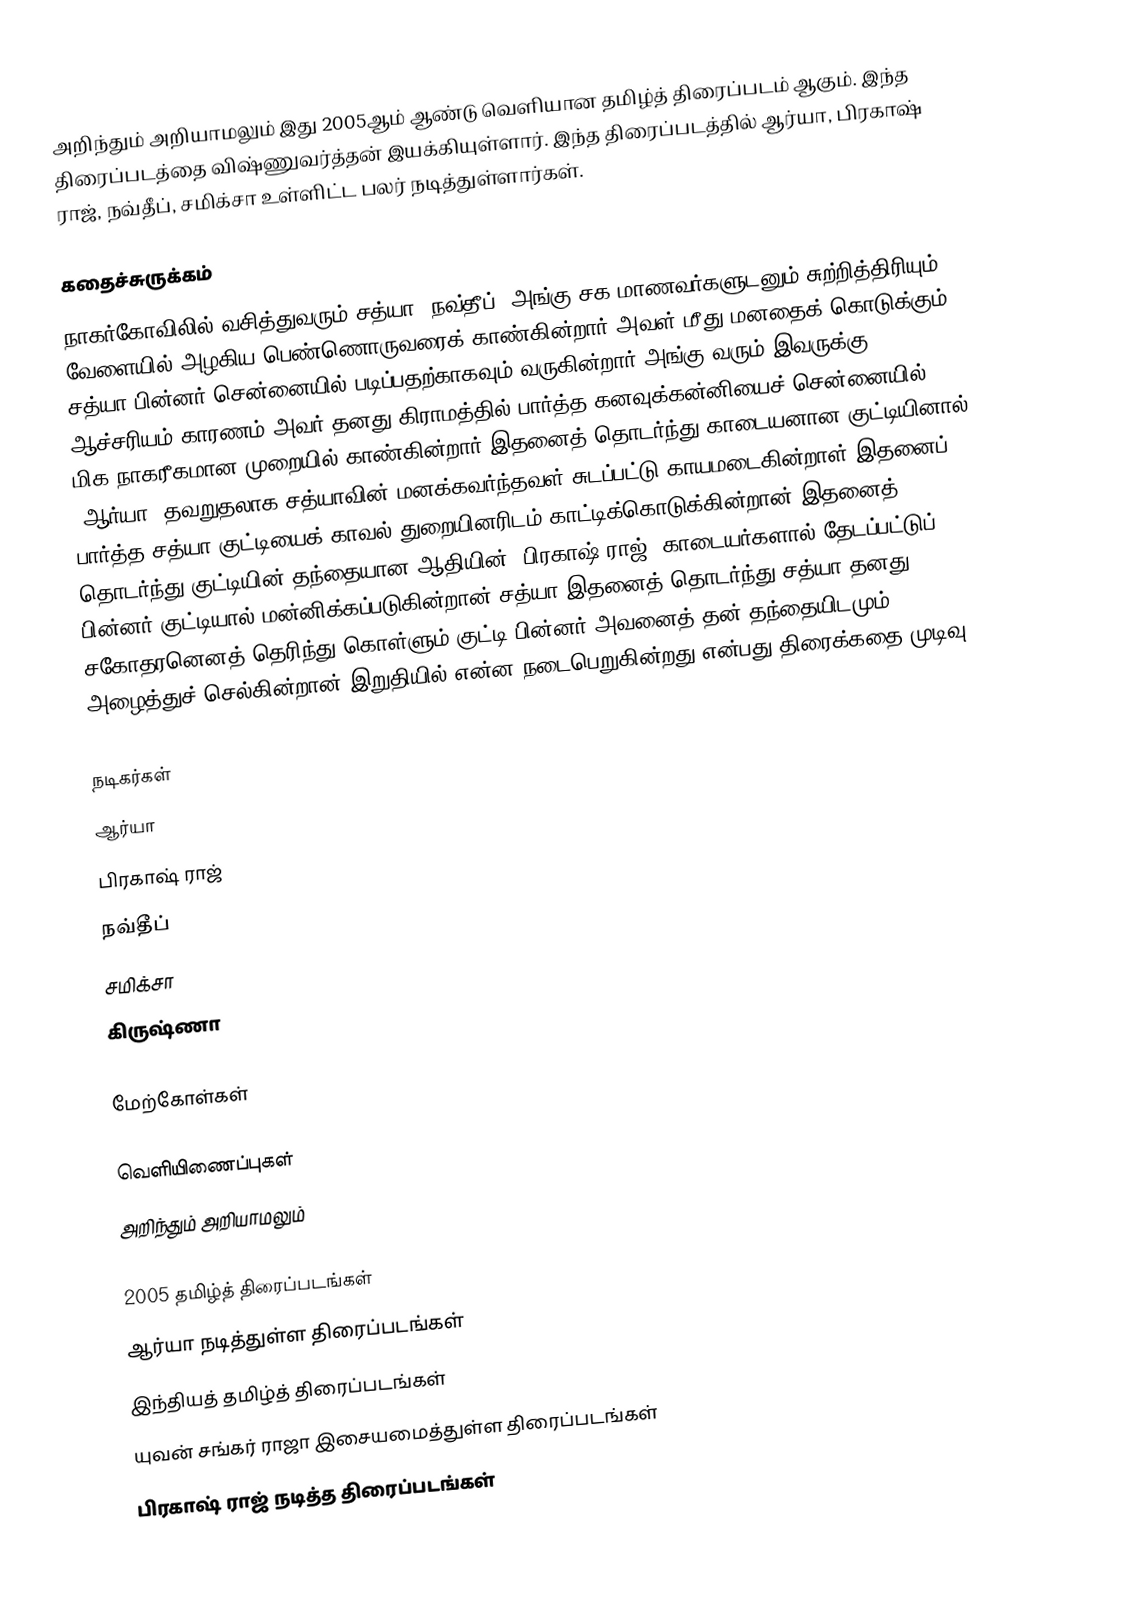
அறிந்தும் அறியாமலும் இது 2005ஆம் ஆண்டு வெளியான தமிழ்த் திரைப்படம் ஆகும். இந்த திரைப்படத்தை விஷ்ணுவர்த்தன் இயக்கியுள்ளார். இந்த திரைப்படத்தில் ஆர்யா, பிரகாஷ் ராஜ், நவ்தீப், சமிக்சா உள்ளிட்ட பலர் நடித்துள்ளார்கள்.

கதைச்சுருக்கம்
நாகர்கோவிலில் வசித்துவரும் சத்யா (நவ்தீப்) அங்கு சக மாணவர்களுடனும் சுற்றித்திரியும் வேளையில் அழகிய பெண்ணொருவரைக் காண்கின்றார்.அவள் மீது மனதைக் கொடுக்கும் சத்யா பின்னர் சென்னையில் படிப்பதற்காகவும் வருகின்றார்.அங்கு வரும் இவருக்கு ஆச்சரியம் காரணம் அவர் தனது கிராமத்தில் பார்த்த கனவுக்கன்னியைச் சென்னையில் மிக நாகரீகமான முறையில் காண்கின்றார்.இதனைத் தொடர்ந்து காடையனான குட்டியினால் (ஆர்யா) தவறுதலாக சத்யாவின் மனக்கவர்ந்தவள் சுடப்பட்டு காயமடைகின்றாள்.இதனைப் பார்த்த சத்யா குட்டியைக் காவல் துறையினரிடம் காட்டிக்கொடுக்கின்றான்.இதனைத் தொடர்ந்து குட்டியின் தந்தையான ஆதியின் (பிரகாஷ் ராஜ்) காடையர்களால் தேடப்பட்டுப் பின்னர் குட்டியால் மன்னிக்கப்படுகின்றான் சத்யா.இதனைத் தொடர்ந்து சத்யா தனது சகோதரனெனத் தெரிந்து கொள்ளும் குட்டி பின்னர் அவனைத் தன் தந்தையிடமும் அழைத்துச் செல்கின்றான்.இறுதியில் என்ன நடைபெறுகின்றது என்பது திரைக்கதை முடிவு.

நடிகர்கள்
 ஆர்யா
 பிரகாஷ் ராஜ்
 நவ்தீப்
 சமிக்சா
 கிருஷ்ணா

மேற்கோள்கள்

வெளியிணைப்புகள்
அறிந்தும் அறியாமலும்

2005 தமிழ்த் திரைப்படங்கள்
ஆர்யா நடித்துள்ள திரைப்படங்கள்
இந்தியத் தமிழ்த் திரைப்படங்கள்
யுவன் சங்கர் ராஜா இசையமைத்துள்ள திரைப்படங்கள்
பிரகாஷ் ராஜ் நடித்த திரைப்படங்கள்